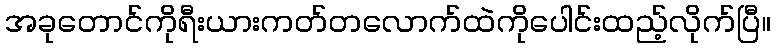
အခုတောင်ကိုရီးယားကတ်တလောက်ထဲကိုပေါင်းထည့်လိုက်ပြီ။